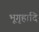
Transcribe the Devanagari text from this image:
भूगृहादि